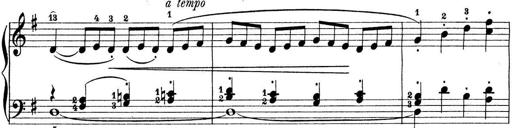
Title: Preis-Sonatine
Composer: Ernst James Bremner